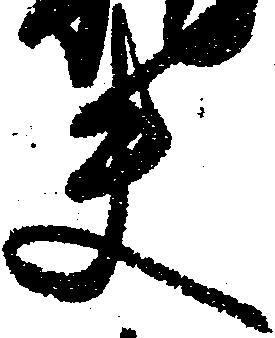
夫